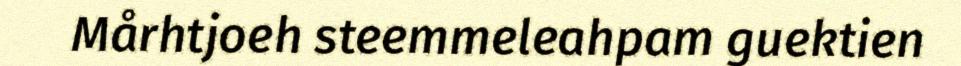
Mårhtjoeh steemmeleahpam guektien